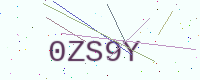
Text: 0ZS9Y